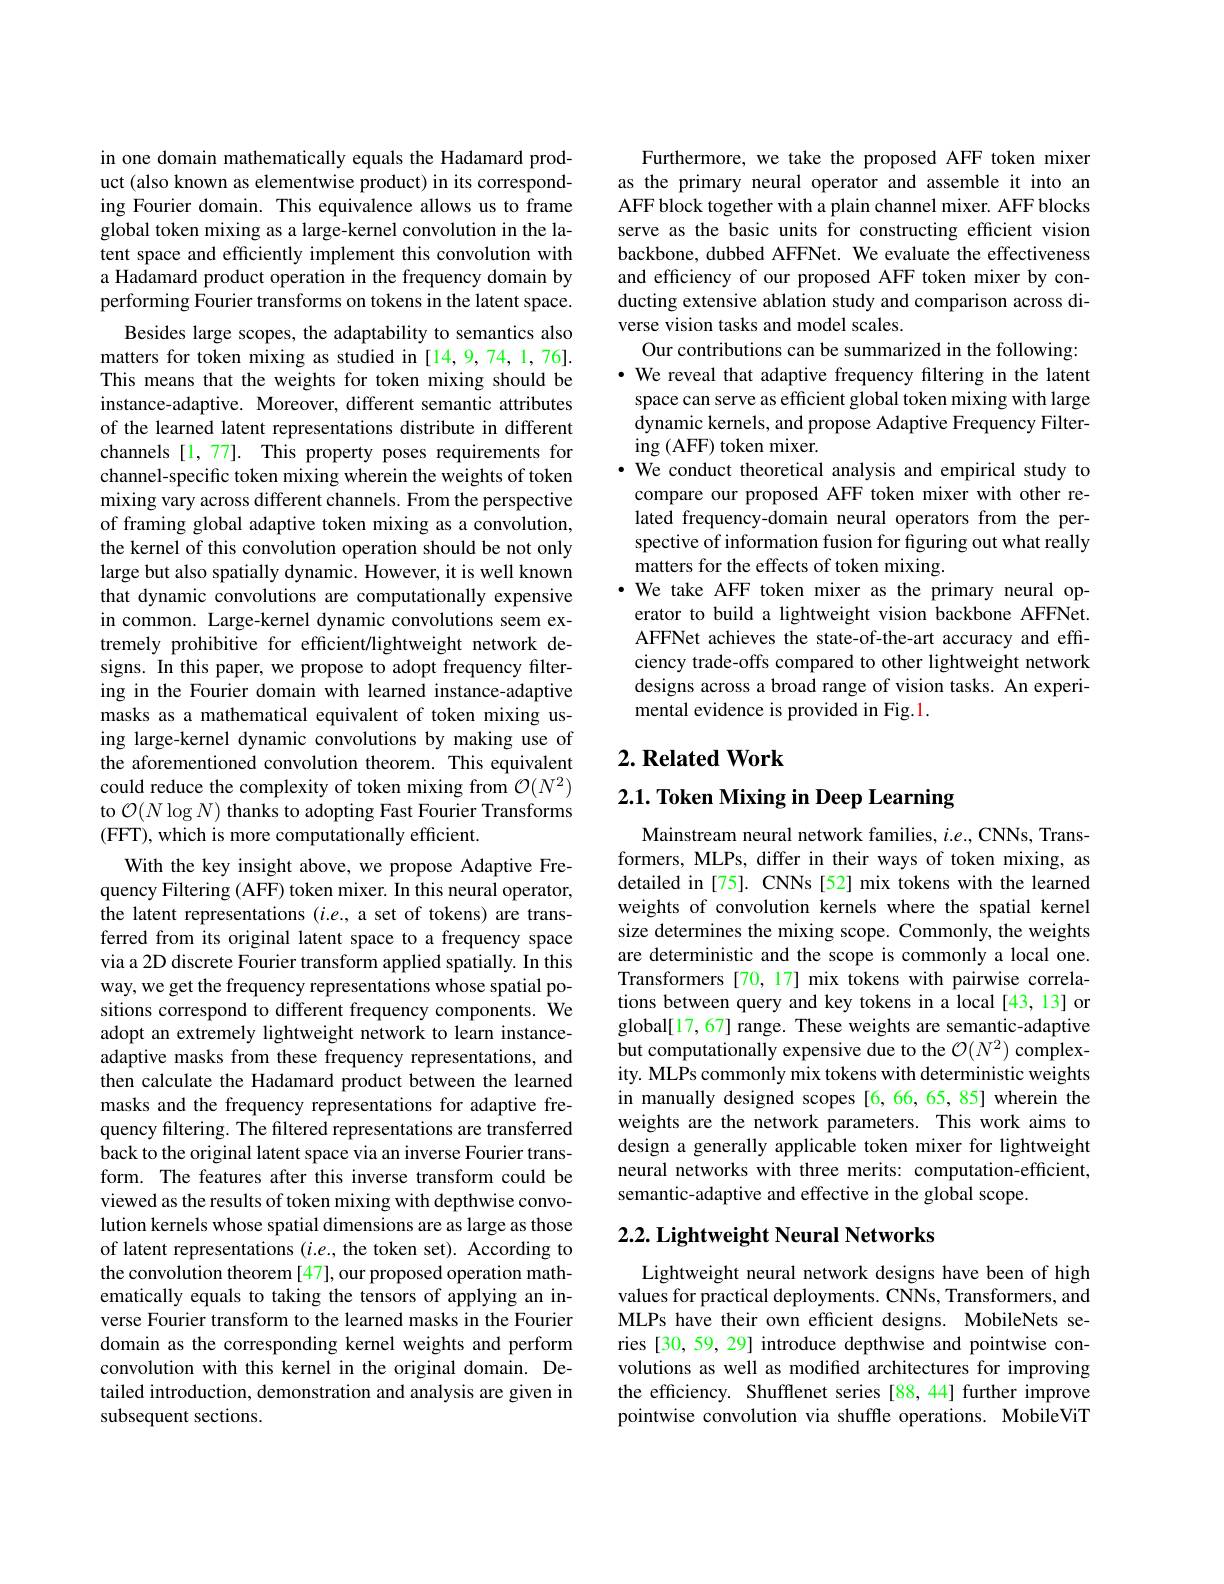
in one domain mathematically equals the Hadamard product (also known as elementwise product) in its corresponding Fourier domain. This equivalence allows us to frame global token mixing as a large-kernel convolution in the latent space and efficiently implement this convolution with a Hadamard product operation in the frequency domain by performing Fourier transforms on tokens in the latent space.
Besides large scopes, the adaptability to semantics also matters for token mixing as studied in [14,9,74,1,76]. This means that the weights for token mixing should be instance-adaptive. Moreover, different semantic attributes of the learned latent representations distribute in different channels [1,77]. This property poses requirements for channel-specific token mixing wherein the weights of token mixing vary across different channels. From the perspective of framing global adaptive token mixing as a convolution, the kernel of this convolution operation should be not only large but also spatially dynamic. However, it is well known that dynamic convolutions are computationally expensive in common. Large-kernel dynamic convolutions seem extremely prohibitive for efficient/lightweight network designs. In this paper, we propose to adopt frequency filtering in the Fourier domain with learned instance-adaptive masks as a mathematical equivalent of token mixing using large-kernel dynamic convolutions by making use of the aforementioned convolution theorem. This equivalent could reduce the complexity of token mixing from $\mathcal{O}(N^2)$ to $\mathcal{O}(N\log N)$ thanks to adopting Fast Fourier Transforms (FFT), which is more computationally efficient.
With the key insight above, we propose Adaptive Frequency Filtering (AFF) token mixer. In this neural operator, the latent representations $(i.e.$, a set of tokens) are transferred from its original latent space to a frequency space via a 2D discrete Fourier transform applied spatially. In this way, we get the frequency representations whose spatial positions correspond to different frequency components. We adopt an extremely lightweight network to learn instanceadaptive masks from these frequency representations, and then calculate the Hadamard product between the learned masks and the frequency representations for adaptive frequency filtering. The filtered representations are transferred back to the original latent space via an inverse Fourier transform. The features after this inverse transform could be viewed as the results of token mixing with depthwise convolution kernels whose spatial dimensions are as large as those of latent representations $(i.e.$, the token set). According to the convolution theorem [47], our proposed operation mathematically equals to taking the tensors of applying an inverse Fourier transform to the learned masks in the Fourier domain as the corresponding kernel weights and perform convolution with this kernel in the original domain. Detailed introduction, demonstration and analysis are given in subsequent sections.

Furthermore, we take the proposed AFF token mixer as the primary neural operator and assemble it into an AFF block together with a plain channel mixer. AFF blocks serve as the basic units for constructing efficient vision backbone, dubbed AFFNet. We evaluate the effectiveness and efficiency of our proposed AFF token mixer by conducting extensive ablation study and comparison across diverse vision tasks and model scales.
Our contributions can be summarized in the following: ·We reveal that adaptive frequency filtering in the latent
space can serve as efficient global token mixing with large dynamic kernels, and propose Adaptive Frequency Filtering (AFF) token mixer.
· We conduct theoretical analysis and empirical study to
compare our proposed AFF token mixer with other related frequency-domain neural operators from the perspective of information fusion for figuring out what really matters for the effects of token mixing.
$\cdot$ We take AFF token mixer as the primary neural operator to build a lightweight vision backbone AFFNet. AFFNet achieves the state-of-the-art accuracy and efficiency trade-offs compared to other lightweight network designs across a broad range of vision tasks. An experimental evidence is provided in Fig.1.

## $2. \textbf{ Related Work}$

$2. 1. \textbf{ Token Mixing in Deep Learning}$

Mainstream neural network families, $i.e.$, CNNs, Transformers, MLPs, differ in their ways of token mixing, as detailed in[75]. CNNs[52] mix tokens with the learned weights of convolution kernels where the spatial kernel size determines the mixing scope. Commonly, the weights are deterministic and the scope is commonly a local one. Transformers [70,17] mix tokens with pairwise correlations between query and key tokens in a local [43,13] or global[17,67] range. These weights are semantic-adaptive but computationally expensive due to the $\mathcal{O}(N^2)$ complexity. MLPs commonly mix tokens with deterministic weights in manually designed scopes [6, 66, 65, 85] wherein the weights are the network parameters. This work aims to design a generally applicable token mixer for lightweight neural networks with three merits: computation-efficient, semantic-adaptive and effective in the global scope.

### $2. 2. \textbf{Lightweight Neural Networks}$

Lightweight neural network designs have been of high values for practical deployments. CNNs, Transformers, and MLPs have their own efficient designs. MobileNets series [30, 59, 29] introduce depthwise and pointwise convolutions as well as modifed architectures for improving the efficiency. Shufflenet series [88,44] further improve pointwise convolution via shuffle operations. MobileViT